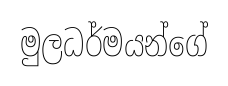
මුලධර්මයන්ගේ